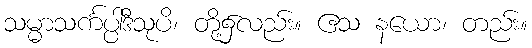
သမ္မာသင်္ကပ္ပါဒီသုပိ၊ တို့၌လည်း။ ဧသ နယော၊ တည်း။